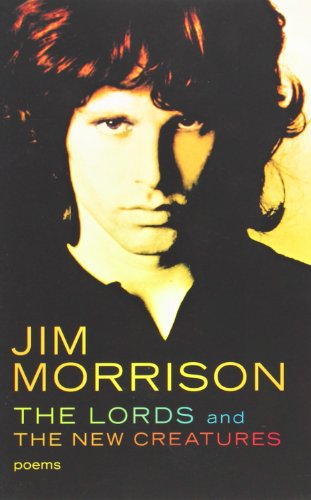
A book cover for The Lords and the New Creatures; Jim Morrison; Literature & Fiction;